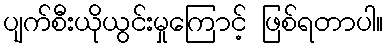
ပျက်စီးယိုယွင်းမှုကြောင့် ဖြစ်ရတာပါ။